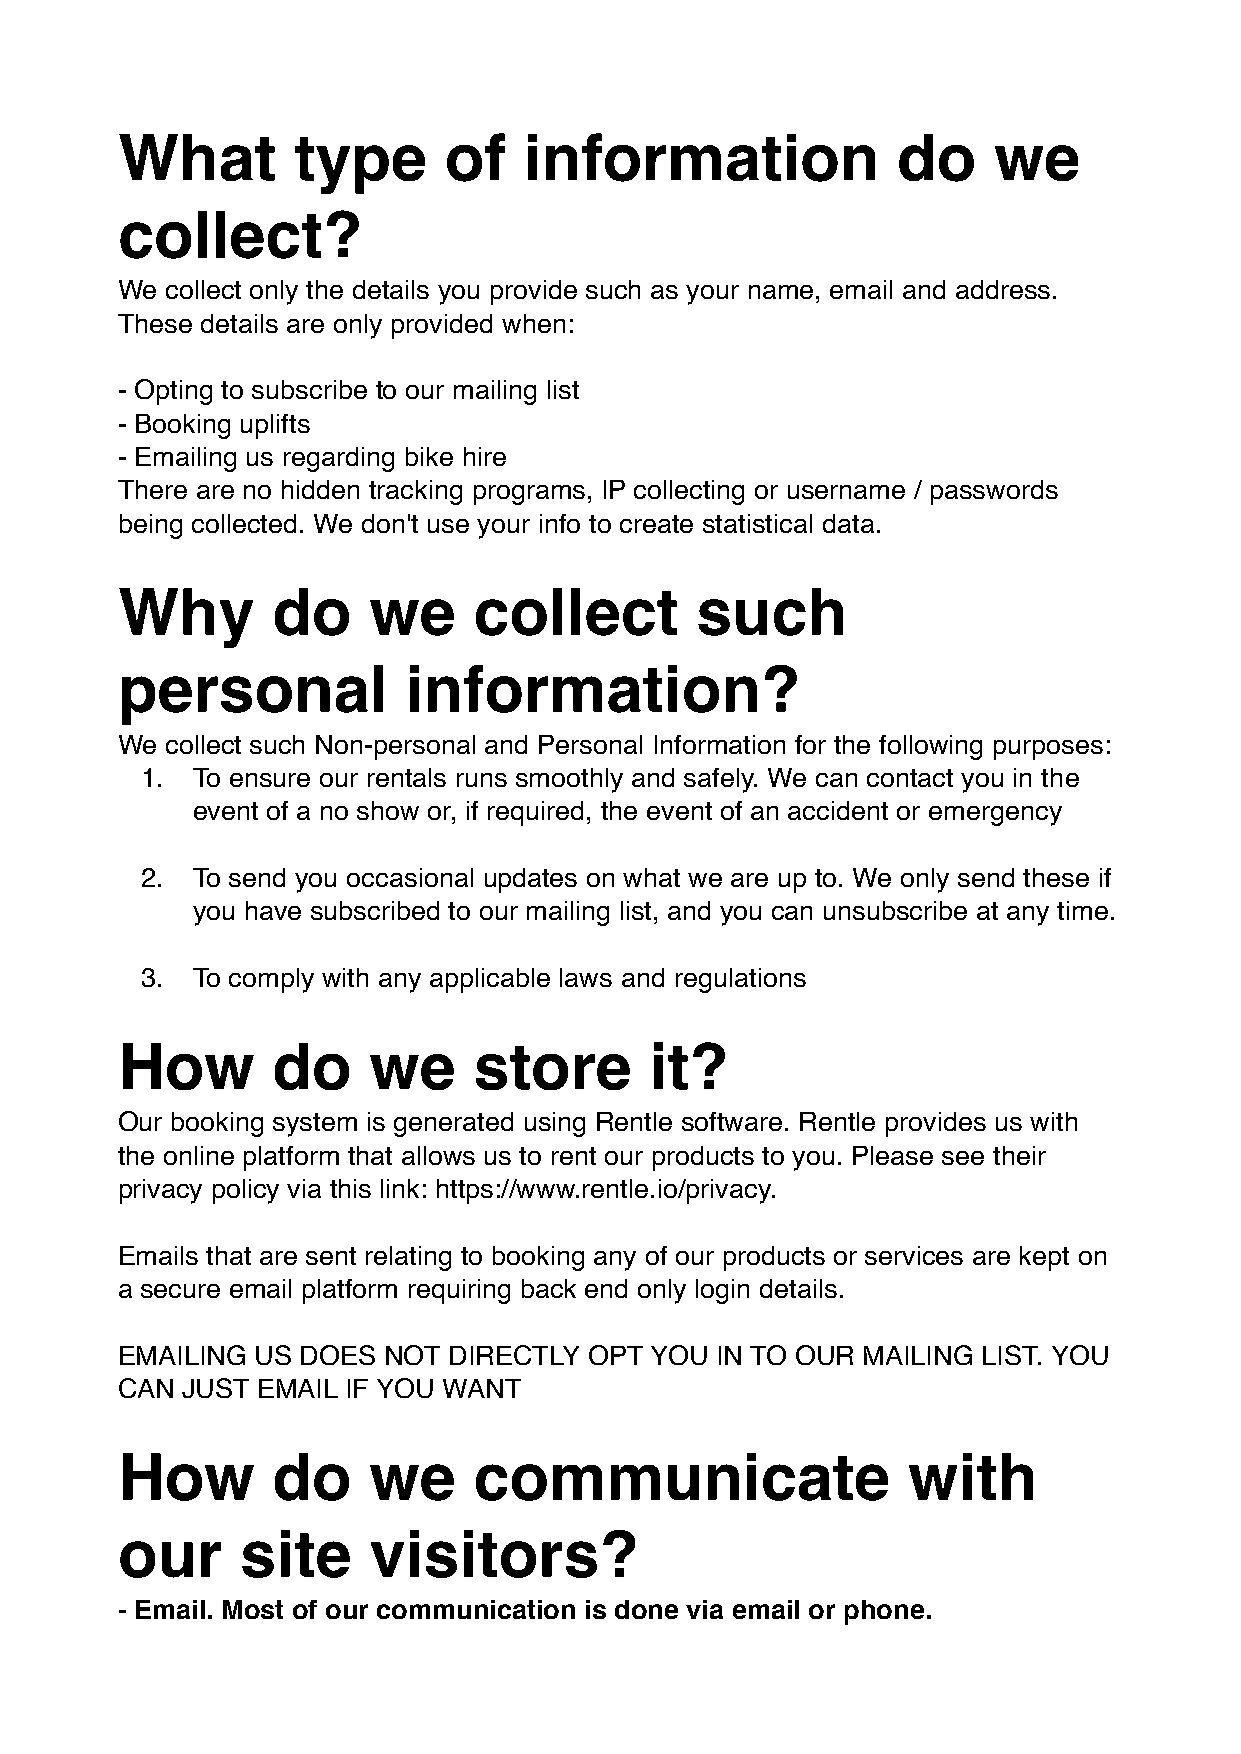
What       type      of    information             do     we
 collect?
 We collect only the details you provide such as your name, email and address.
 These details are only provided when:
 - Opting to subscribe to our mailing list
 - Booking uplifts
 - Emailing us regarding bike hire
 There are no hidden tracking programs, IP collecting or username / passwords
 being collected. We don't use your info to create statistical data.
 Why       do    we     collect        such
 personal           information?
 We collect such Non-personal and Personal Information for the following purposes:
 1.  To ensure our rentals runs smoothly and safely. We can contact you in the
 event of a no show or, if required, the event of an accident or emergency
 2.  To send you occasional updates on what we are up to. We only send these if
 you have subscribed to our mailing list, and you can unsubscribe at any time.
 3.  To comply with any applicable laws and regulations
 How       do    we     store       it?
 Our booking system is generated using Rentle software. Rentle provides us with
 the online platform that allows us to rent our products to you. Please see their
 privacy policy via this link: https://www.rentle.io/privacy.
 Emails that are sent relating to booking any of our products or services are kept on
 a secure email platform requiring back end only login details.
 EMAILING US DOES NOT  DIRECTLY OPT YOU IN TO OUR MAILING LIST. YOU
 CAN JUST EMAIL IF YOU WANT
 How       do    we     communicate                  with
 our     site    visitors?
 - Email. Most of our communication is done via email or phone.